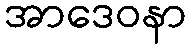
အာဒေဝနာ